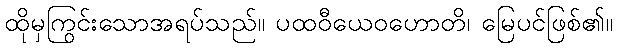
ထိုမှကြွင်းသောအရပ်သည်။ ပထဝီယေဝဟောတိ၊ မြေပင်ဖြစ်၏။